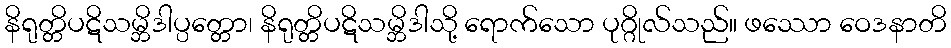
နိရုတ္တိပဋိသမ္ဘိဒါပ္ပတ္တော၊ နိရုတ္တိပဋိသမ္ဘိဒါသို့ ရောက်သော ပုဂ္ဂိုလ်သည်။ ဖဿော ဝေဒနာတိ